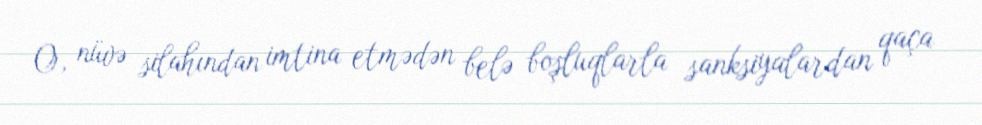
O, nüvə silahından imtina etmədən belə boşluqlarla sanksiyalardan qaça